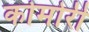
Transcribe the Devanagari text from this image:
कोमोरी